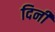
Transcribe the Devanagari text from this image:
दिनी